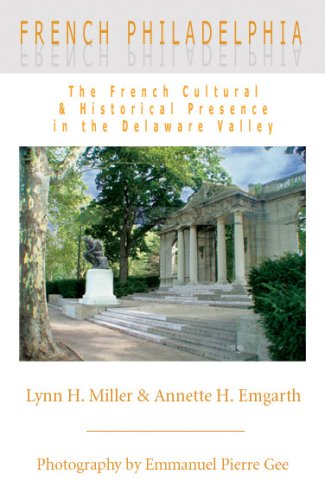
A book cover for French Philadelphia: The French Cultural & Historical Presence in the Delaware Valley; Lynn H. Miller; Travel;